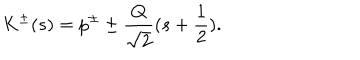
LaTeX: K ^ { \pm } ( s ) = p ^ { \pm } \pm \frac { Q } { \sqrt { 2 } } ( s + \frac { 1 } { 2 } ) .